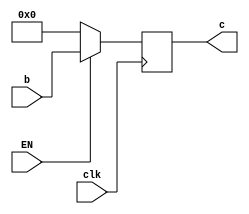
`timescale 1ns / 1ps
//////////////////////////////////////////////////////////////////////////////////
// Company: 
// Engineer: 
// 
// Design Name: 
// Module Name: EXE_MEM
// Project Name: 
// Target Devices: 
// Tool Versions: 
// Description: 
// 
// Dependencies: 
// 
// Revision:
// Revision 0.01 - File Created
// Additional Comments:
// 
//////////////////////////////////////////////////////////////////////////////////


module EXE_MEM(clk, b, c, EN);
parameter N=51;
input clk, EN;
input [N:0] b;
output reg [N:0] c;

always @ (posedge clk)
    if (EN==1'b1) c<=b;
    else c<=52'b0;

endmodule